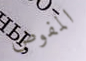
المفوض